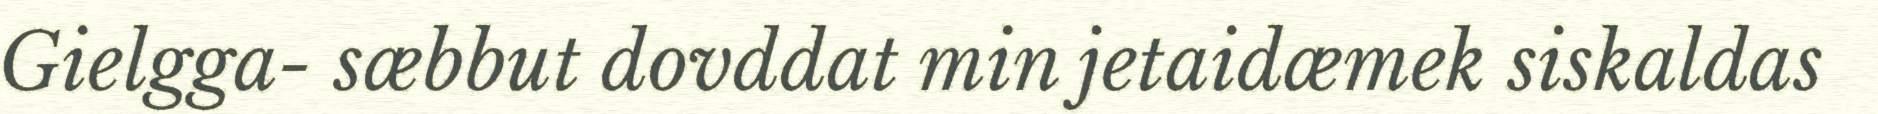
Gielgga- sæbbut dovddat min jetaidæmek siskaldas